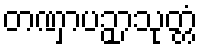
တဏှာပဉှာသုတ္တံ